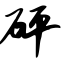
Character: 砰